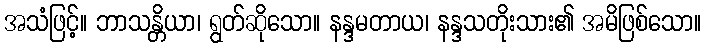
အသံဖြင့်။ ဘာသန္တိယာ၊ ရွတ်ဆိုသော။ နန္ဒမတာယ၊ နန္ဒသတိုးသား၏ အမိဖြစ်သော။